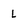
Character: L